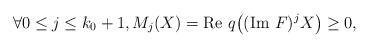
LaTeX: \begin{align*}\forall 0 \leq j \leq k_0+1, M_j(X)=\textrm{Re }q\big((\textrm{Im }F)^{j}X\big) \geq 0,\end{align*}